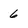
Character: 6